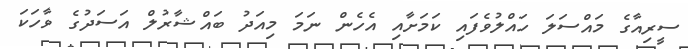
ސީރިއާގެ މައްސަލަ ހައްލުވެފައި ކަމަށާއި އެހެން ނަމަ މިއަދު ބައްޝާރުލް އަސަދުގެ ވާހަކަ